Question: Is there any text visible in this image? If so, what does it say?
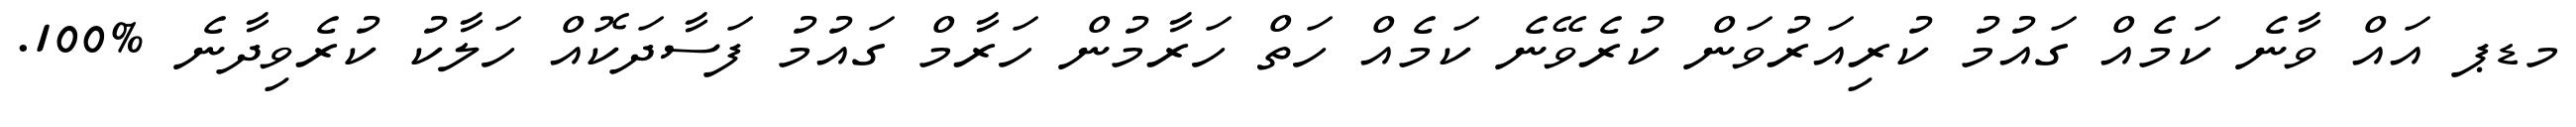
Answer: މޑޕ އައް ވާނެ ކަމެއް ގައުމު ކުރިއަރުވަން ކުރެވޭނެ ކަމެއް ހަތް ހަރާމުން ހަރާމް ގައުމު ފަސާދަކޮއް ހަލާކު ކުރެވިދާނެ %100.